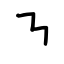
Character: ㇎